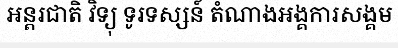
អន្តរជាតិ វិទ្យុ ទូរទស្សន៍ តំណាងអង្គការសង្គម